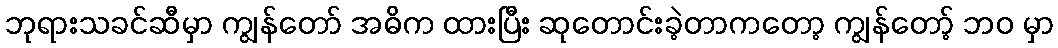
ဘုရားသခင်ဆီမှာ ကျွန်တော် အဓိက ထားပြီး ဆုတောင်းခဲ့တာကတော့ ကျွန်တော့် ဘဝ မှာ